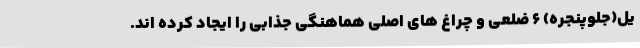
یل(جلوپنجره) 6 ضلعی و چراغ های اصلی هماهنگی جذابی را ایجاد کرده اند.